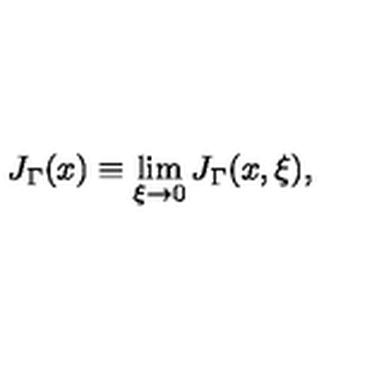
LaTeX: J _ { \Gamma } ( x ) \equiv \lim _ { \xi \to 0 } J _ { \Gamma } ( x , \xi ) ,